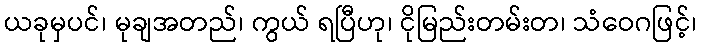
ယခုမှပင်၊ မုချအတည်၊ ကွယ် ရပြီဟု၊ ငိုမြည်းတမ်းတ၊ သံဝေဂဖြင့်၊